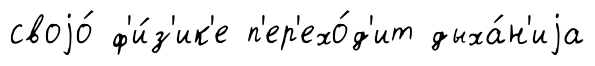
своjо́ ф'и́з'ик'е п'ер'ехо́д'ит дыха́н'иjа